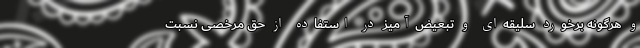
و هرگونه برخورد سلیقه‌ای و تبعیض‌آمیز در استفاده از حق مرخصی نسبت